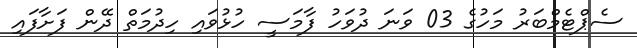
ސެޕްޓެމްބަރު މަހުގެ 03 ވަނަ ދުވަހު ފާމަސީ ހުޅުވައި ހިދުމަތް ދޭން ފަށާފައި